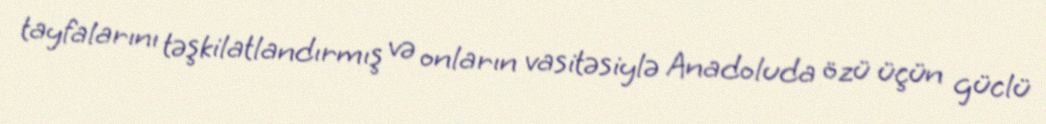
tayfalarını təşkilatlandırmış və onların vasitəsiylə Anadoluda özü üçün güclü